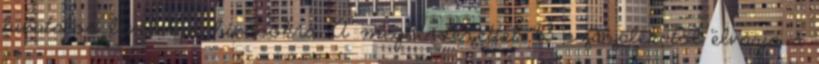
hivatalos levelekre, hívásokra. A megkérdezettek 63 százalékától elvárja a